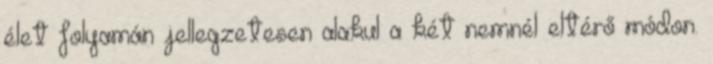
élet folyamán jellegzetesen alakul a két nemnél eltérő módon.